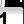
Digit: 1